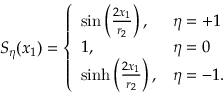
S _ { \eta } ( x _ { 1 } ) = \left\{ \begin{array} { l l } { { \sin \left( { \frac { 2 x _ { 1 } } { r _ { 2 } } } \right) , } } & { { \eta = + 1 } } \\ { { 1 , } } & { { \eta = 0 } } \\ { { \sinh \left( { \frac { 2 x _ { 1 } } { r _ { 2 } } } \right) , } } & { { \eta = - 1 . } } \end{array} \right.